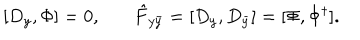
LaTeX: [ D _ { y } , \Phi ] = 0 , ~ \hat { F } _ { y \bar { y } } = [ D _ { y } , D _ { \bar { y } } ] = [ \Phi , \Phi ^ { \dagger } ] .